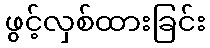
ဖွင့်လှစ်ထားခြင်း